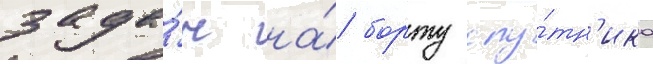
зада́ч на́ борту спу́тн'ика